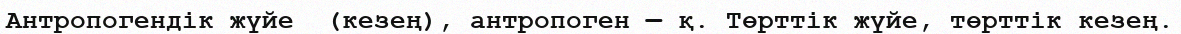
Антропогендік жүйе  (кезең), антропоген — қ. Төрттік жүйе, төрттік кезең.